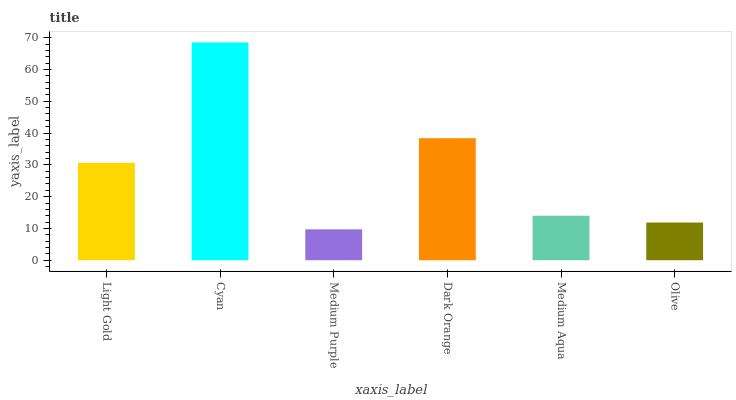
| xaxis_label | bars |
 | --- | --- |
 | Light Gold | 30.6 |
 | Cyan | 68.5 |
 | Medium Purple | 9.72 |
 | Dark Orange | 38.4 |
 | Medium Aqua | 14 |
 | Olive | 11.9 |